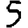
Digit: 5